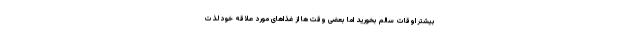
بیشتر اوقات سالم بخورید اما بعضی وقت ها از غذاهای مورد علاقه خود لذت